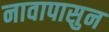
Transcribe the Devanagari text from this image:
नावापासुन